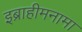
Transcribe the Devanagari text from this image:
इब्राहीमनामा